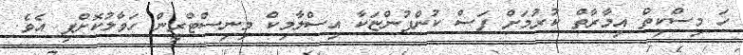
ހަ މިސްކިތް އިމާރާތް ކުރުމަށް ފަސް ކުންފުންޏަކާ އިސްލާމިކް މިނިސްޓްރީން ހަވާލުކޮށްފި އެވެ.